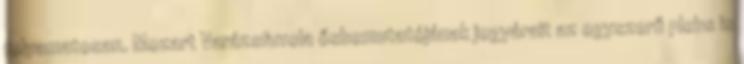
folyamatosan. Mozart Varázsfuvola ősbemutatójának jegyárait az egyszerű plebs is